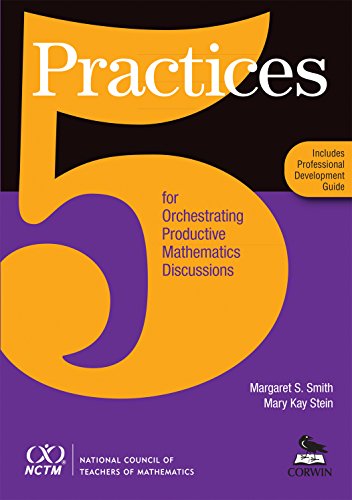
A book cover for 5 Practices for Orchestrating Productive Mathematics Discussions [NCTM]; Margaret Schwan Smith Mary Kay Stein; Science & Math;